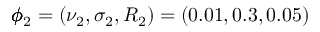
\pmb { \phi } _ { 2 } = ( \nu _ { 2 } , \sigma _ { 2 } , R _ { 2 } ) = ( 0 . 0 1 , 0 . 3 , 0 . 0 5 )